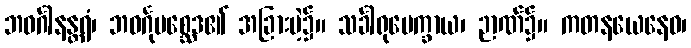
ဘဝင်္ဂါနန္တရံ၊ ဘဝင်္ဂုပစ္ဆေဒ၏ အခြားမဲ့၌။ သင်္ခါရုပေက္ခာယ၊ ဉာဏ်၌။ ကတနယေနေဝ၊